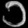
Digit: ၁